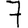
Digit: 7